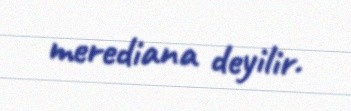
merediana deyilir.